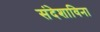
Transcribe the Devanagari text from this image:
संदेशाविना